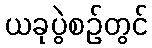
ယခုပွဲစဉ်တွင်